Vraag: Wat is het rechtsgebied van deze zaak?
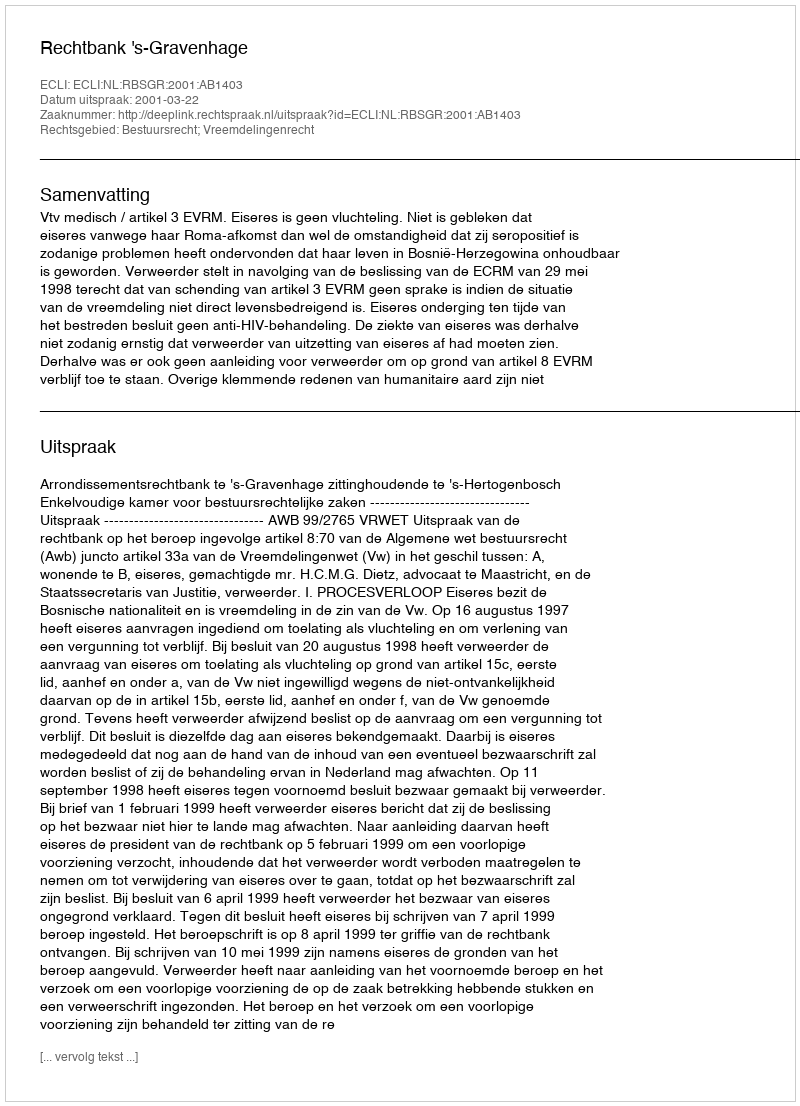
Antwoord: Bestuursrecht; Vreemdelingenrecht